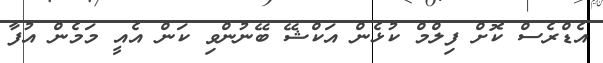
އެޑްރެސް ކޮށް ފިލްމް ކުޅެން އަކްޝޭ ބޭނުންވި ކަން އެއީ މަމެން އުފާ